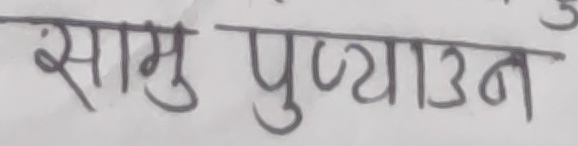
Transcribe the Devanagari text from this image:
सामु पुष्ण